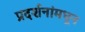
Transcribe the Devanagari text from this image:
प्रदर्शनांमधून